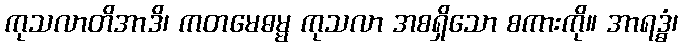
ကုသလာတိအာဒိ၊ ကတမေဓမ္မ ကုသလာ အစရှိသော စကားကို။ အာရဒ္ဓံ၊